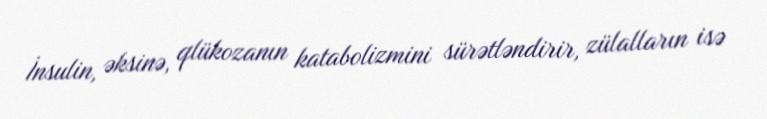
İnsulin, əksinə, qlükozanın katabolizmini sürətləndirir, zülalların isə